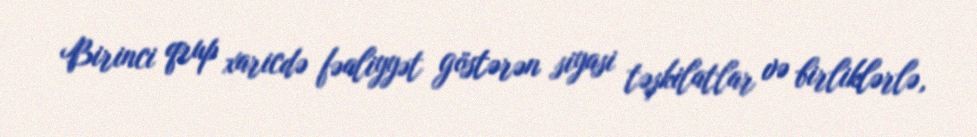
Birinci qrup xaricdə fəaliyyət göstərən siyasi təşkilatlar və birliklərlə,